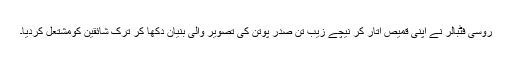
روسی فٹبالر نے اپنی قمیص اْتار کر نیچے زیبِ تن صدر پوتن کی تصویر والی بنیان دِکھا کر ترک شائقین کومشتعل کردیا۔